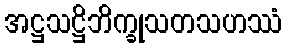
အဋ္ဌသဋ္ဌိဘိက္ခုသတသဟဿံ